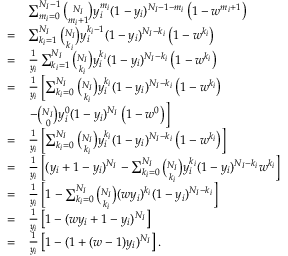
\begin{array} { r l } & { \sum _ { m _ { i } = 0 } ^ { N _ { I } - 1 } \binom { N _ { I } } { m _ { i } + 1 } y _ { i } ^ { m _ { i } } ( 1 - y _ { i } ) ^ { N _ { I } - 1 - m _ { i } } \left( 1 - w ^ { m _ { i } + 1 } \right) } \\ { = } & { \sum _ { k _ { i } = 1 } ^ { N _ { I } } \binom { N _ { I } } { k _ { i } } y _ { i } ^ { k _ { i } - 1 } ( 1 - y _ { i } ) ^ { N _ { I } - k _ { i } } \left( 1 - w ^ { k _ { i } } \right) } \\ { = } & { \frac { 1 } { y _ { i } } \sum _ { k _ { i } = 1 } ^ { N _ { I } } \binom { N _ { I } } { k _ { i } } y _ { i } ^ { k _ { i } } ( 1 - y _ { i } ) ^ { N _ { I } - k _ { i } } \left( 1 - w ^ { k _ { i } } \right) } \\ { = } & { \frac { 1 } { y _ { i } } \left[ \sum _ { k _ { i } = 0 } ^ { N _ { I } } \binom { N _ { I } } { k _ { i } } y _ { i } ^ { k _ { i } } ( 1 - y _ { i } ) ^ { N _ { I } - k _ { i } } \left( 1 - w ^ { k _ { i } } \right) \right. } \\ & { \left. - \binom { N _ { I } } { 0 } y _ { i } ^ { 0 } ( 1 - y _ { i } ) ^ { N _ { I } } \left( 1 - w ^ { 0 } \right) \right] } \\ { = } & { \frac { 1 } { y _ { i } } \left[ \sum _ { k _ { i } = 0 } ^ { N _ { I } } \binom { N _ { I } } { k _ { i } } y _ { i } ^ { k _ { i } } ( 1 - y _ { i } ) ^ { N _ { I } - k _ { i } } \left( 1 - w ^ { k _ { i } } \right) \right] } \\ { = } & { \frac { 1 } { y _ { i } } \left[ ( y _ { i } + 1 - y _ { i } ) ^ { N _ { I } } - \sum _ { k _ { i } = 0 } ^ { N _ { I } } \binom { N _ { I } } { k _ { i } } y _ { i } ^ { k _ { i } } ( 1 - y _ { i } ) ^ { N _ { I } - k _ { i } } w ^ { k _ { i } } \right] } \\ { = } & { \frac { 1 } { y _ { i } } \left[ 1 - \sum _ { k _ { i } = 0 } ^ { N _ { I } } \binom { N _ { I } } { k _ { i } } ( w y _ { i } ) ^ { k _ { i } } ( 1 - y _ { i } ) ^ { N _ { I } - k _ { i } } \right] } \\ { = } & { \frac { 1 } { y _ { i } } \left[ 1 - ( w y _ { i } + 1 - y _ { i } ) ^ { N _ { I } } \right] } \\ { = } & { \frac { 1 } { y _ { i } } \left[ 1 - ( 1 + ( w - 1 ) y _ { i } ) ^ { N _ { I } } \right] . } \end{array}